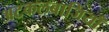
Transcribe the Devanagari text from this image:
अटकलबाजियाँ